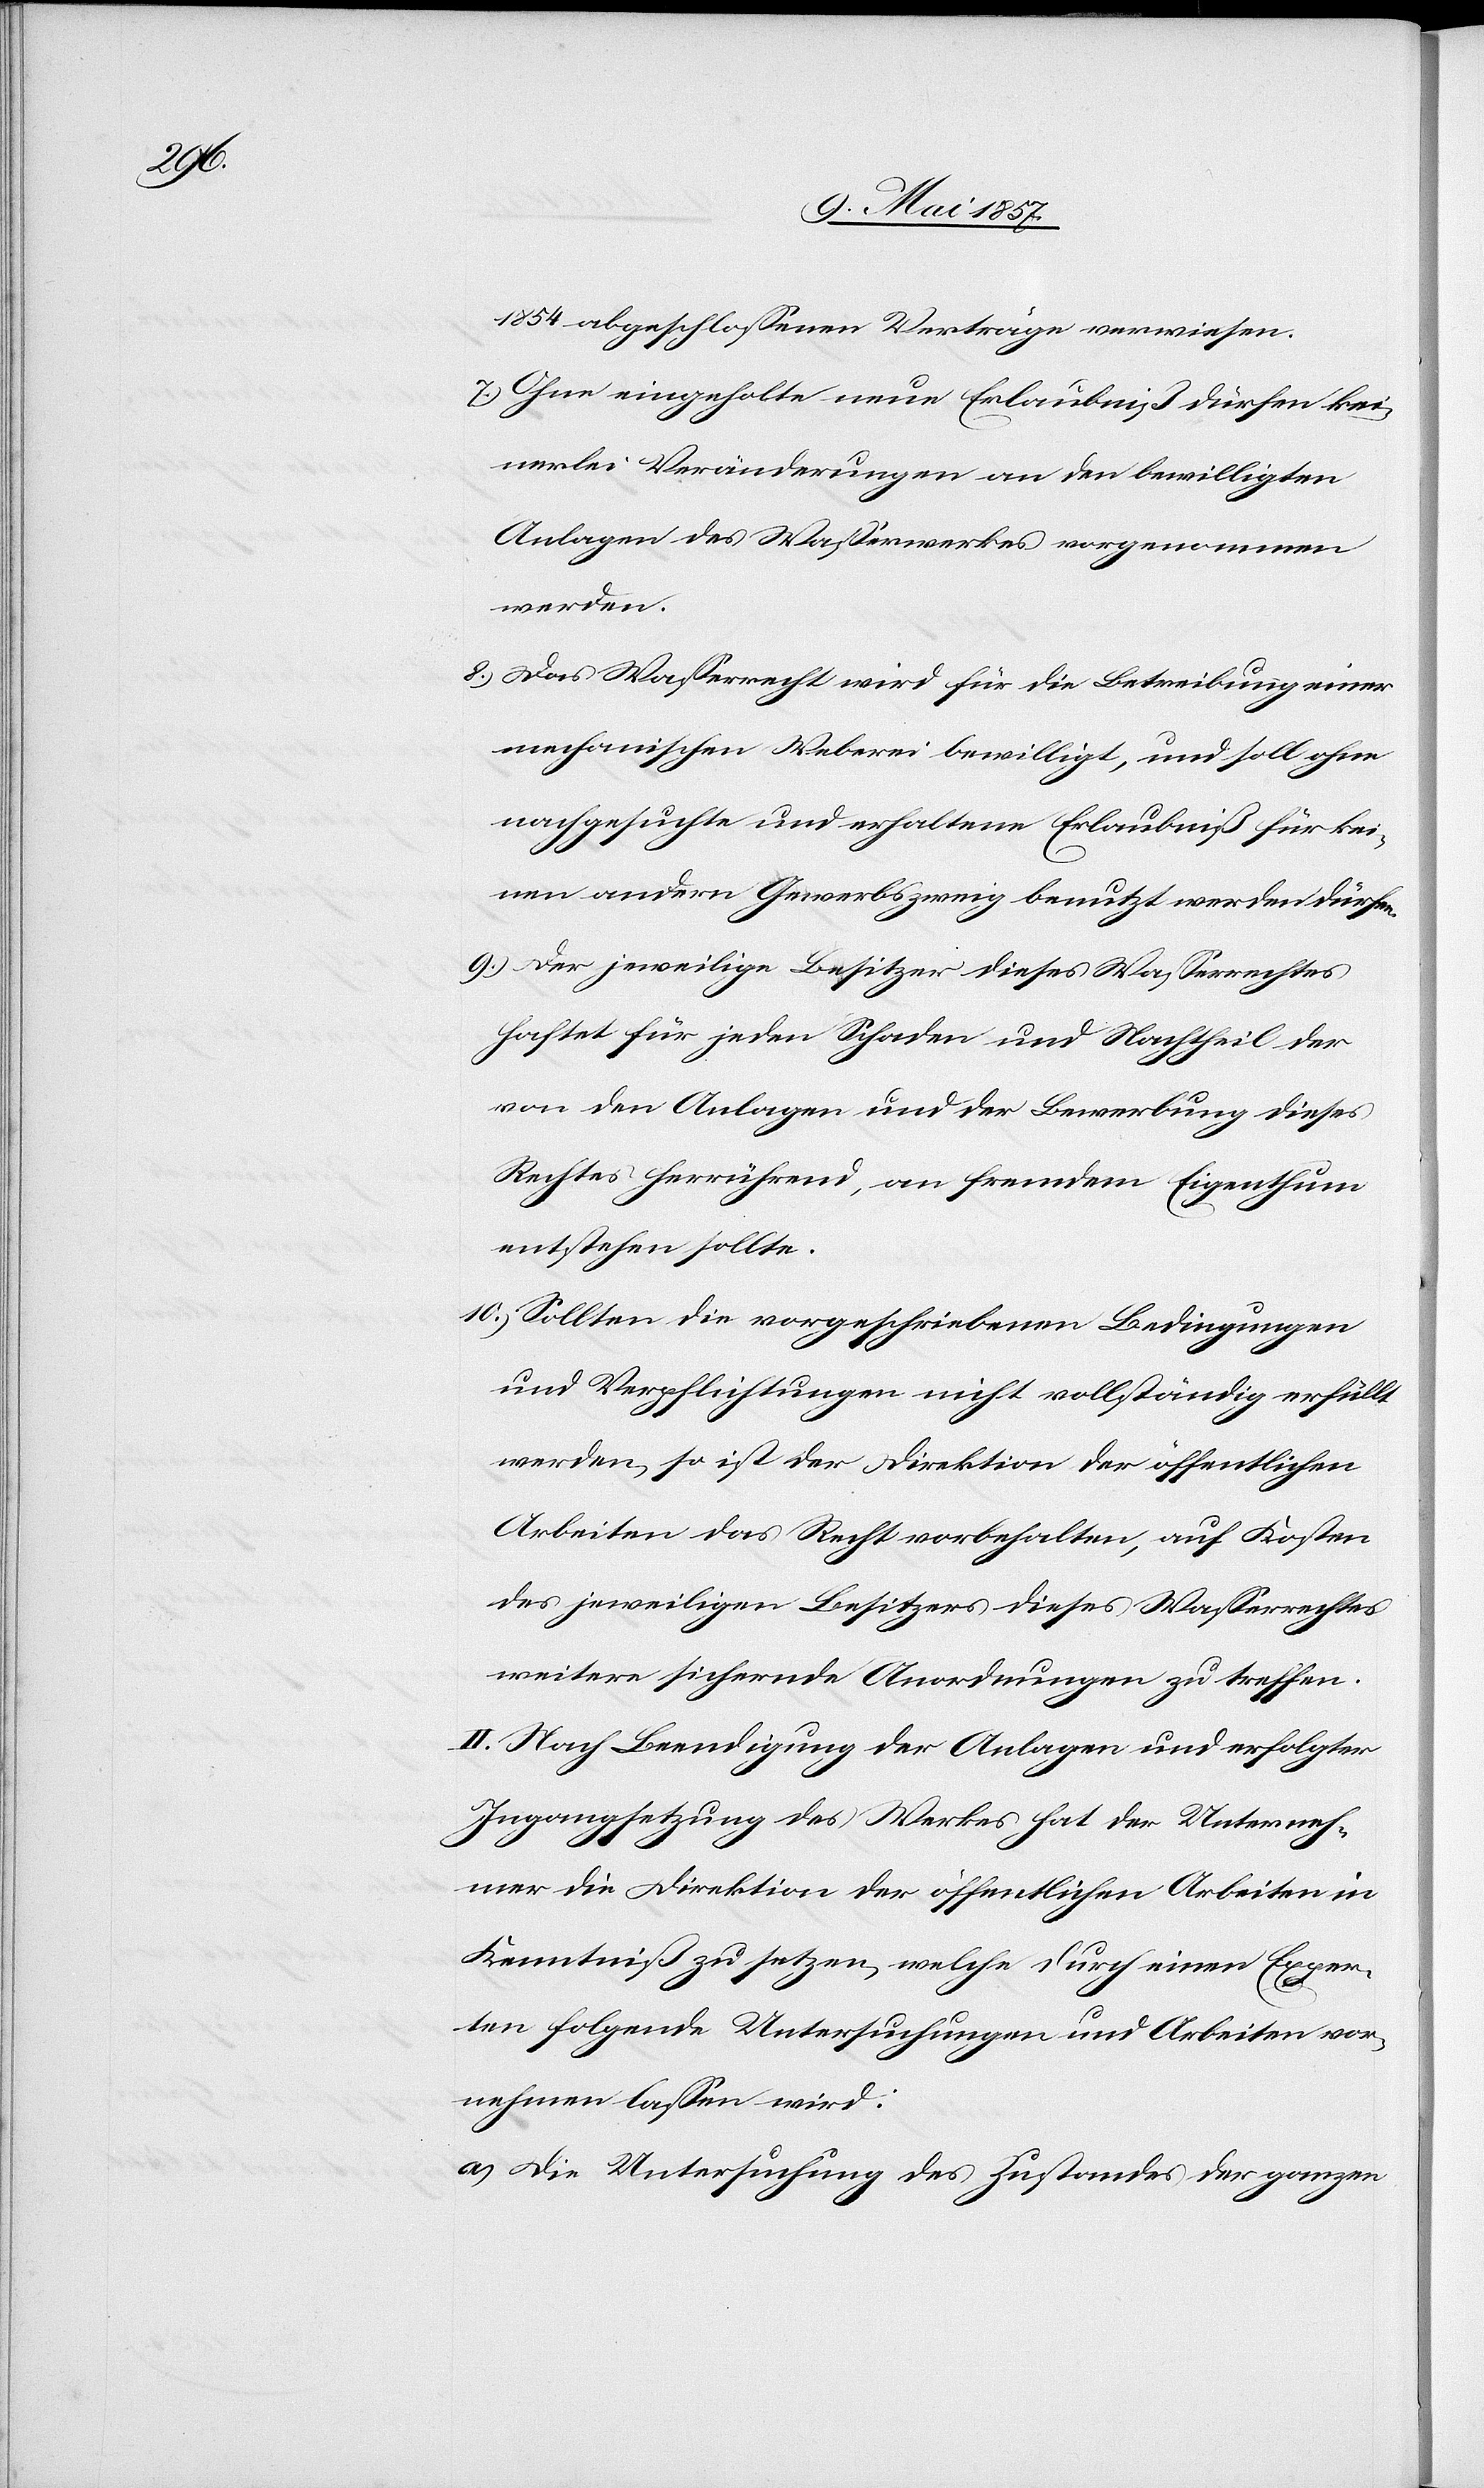
1854 abgeschlossenen Verträge verwiesen.
7.) Ohne eingeholte neue Erlaubniß dürfen kei¬
nerlei Veränderungen an den bewilligten
Anlagen des Wasserwerkes vorgenommen
werden.
8.) Das Wasserrecht wird für die Betreibung einer
mechanischen Weberei bewilligt, und soll ohne
nachgesuchte und erhaltene Erlaubniß für kei¬
nen andern Gewerbszweig benutzt werden dürfen.
9.) Der jeweilige Besitzer dieses Wasserrechtes
haftet für jeden Schaden und Nachtheil der
von den Anlagen und der Bewerbung dieses
Rechtes herrührend, an fremdem Eigenthum
entstehen sollte.
10.) Sollten die vorgeschriebenen Bedingungen
und Verpflichtungen nicht vollständig erfüllt
werden, so ist der Direktion der öffentlichen
Arbeiten das Recht vorbehalten, auf Kosten
des jeweiligen Besitzers dieses Wasserrechtes
weitere sichernde Anordnungen zu treffen.
II. Nach Beendigung der Anlagen und erfolgter
Ingangsetzung des Werkes hat der Unterneh¬
mer die Direktion der öffentlichen Arbeiten in
Kenntniß zu setzen, welche durch einen Exper¬
ten folgende Untersuchungen und Arbeiten vor¬
nehmen lassen wird:
a.) Die Untersuchung des Zustandes der ganzen